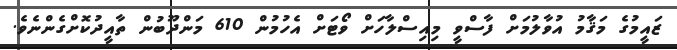
ޒައީމުގެ މަޤާމު އުވާލުމަށް ފާސްވީ މިއިސްލާހަށް ވޯޓަށް އެހުމުން 610 މަންދޫބުން ތާއީދުކޮށްގެންނެވެ.